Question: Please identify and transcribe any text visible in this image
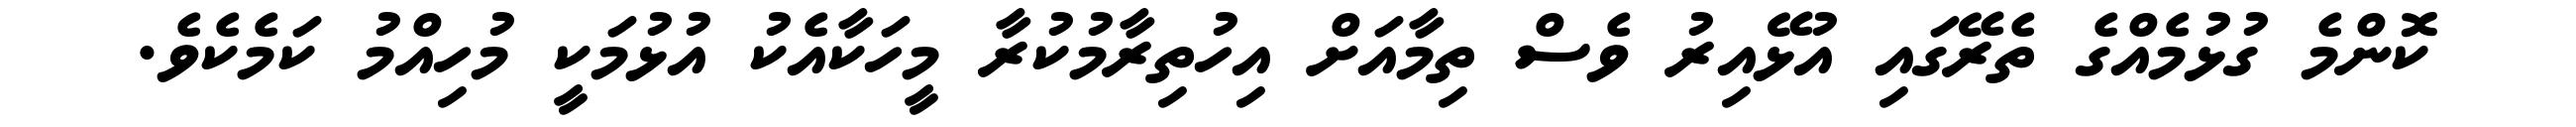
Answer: ކޮންމެ ގުޅުމެއްގެ ތެރޭގައި އުޅޭއިރު ވެސް ތިމާއަށް އިހުތިރާމުކުރާ މީހަކާއެކު އުޅުމަކީ މުހިއްމު ކަމެކެވެ.